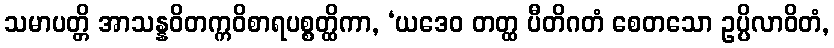
သမာပတ္တိ အာသန္နဝိတက္ကဝိစာရပစ္စတ္ထိကာ, ‘ယဒေဝ တတ္ထ ပီတိဂတံ စေတသော ဥပ္ပိလာဝိတံ,